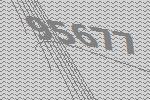
95677